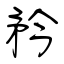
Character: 矜